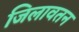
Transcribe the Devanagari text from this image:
जिलावतन